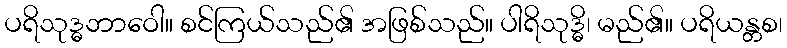
ပရိသုဒ္ဓဘာဝေါ။ စင်ကြယ်သည်၏ အဖြစ်သည်။ ပါရိသုဒ္ဓိ၊ မည်၏။ ပရိယန္တစ၊